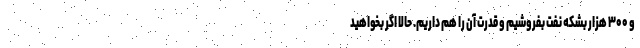
و ۳۰۰ هزار بشکه نفت بفروشیم و قدرت آن را هم داریم. حالا اگر بخواهید